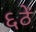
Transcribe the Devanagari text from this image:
६ठें